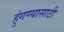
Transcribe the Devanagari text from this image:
हुंगण्यासाठी